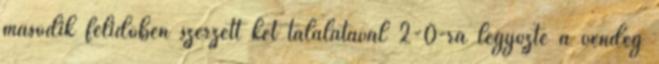
második félidőben szerzett két találatával 2-0-ra legyőzte a vendég